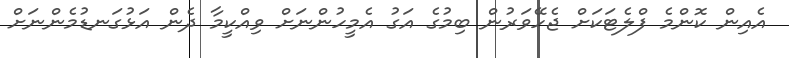
އެއިން ކޮންމެ ފްލެޓަކަށް ޖެހޭވަރުން ބިމުގެ އަގު އެމީހުންނަށް ވިއްކީމާ ދެން އަޅުގަނޑުމެންނަށް